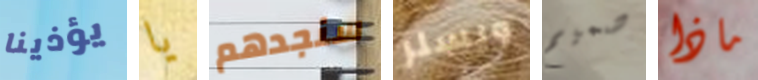
يؤذينا يا سنجدهم ويسلر صميم ماذا